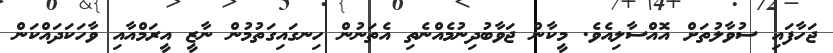
ޖަހާފައި ސުވާލުތަށް އޮއްސާލިއެވެ. މީކާން ޖަވާބުދިނުމެއްނެތި އެތަނުން ހިނގައިގަތުމުން ނާޒީ އީރަމްއާއި ވާހަކަދައްކަން